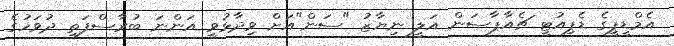
އެމްޑީޕީގެ ޑެޕިއުޓީ ޗެއާޕާސަން އަލީ ނިޔާޒު "ސަން"އަށް ވިދާޅުވީ އަންނަ ބުރާސްފަތި ދުވަހުގެ